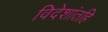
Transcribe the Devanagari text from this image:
विदेशांतहि